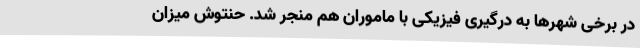
در برخی شهرها به درگیری فیزیکی با ماموران هم منجر شد. حنتوش میزان